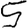
Digit: 5